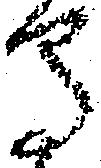
守